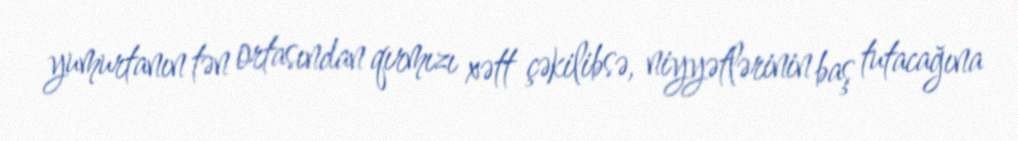
yumurtanın tən ortasından qırmızı xətt çəkilibsə, niyyətlərinin baş tutacağına